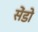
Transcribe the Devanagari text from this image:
सेंडो